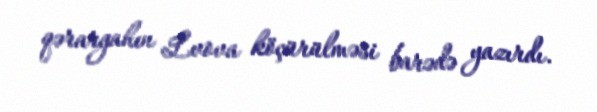
qərargahın Lvova köçürülməsi barədə yazırdı.